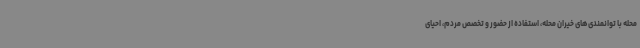
محله با توانمندی‌های خیران محله، استفاده از حضور و تخصص مردم، احیای